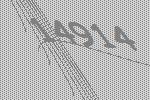
14914